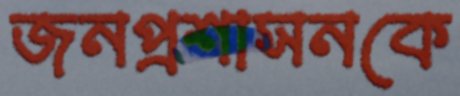
জনপ্রশাসনকে